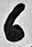
Text: 6